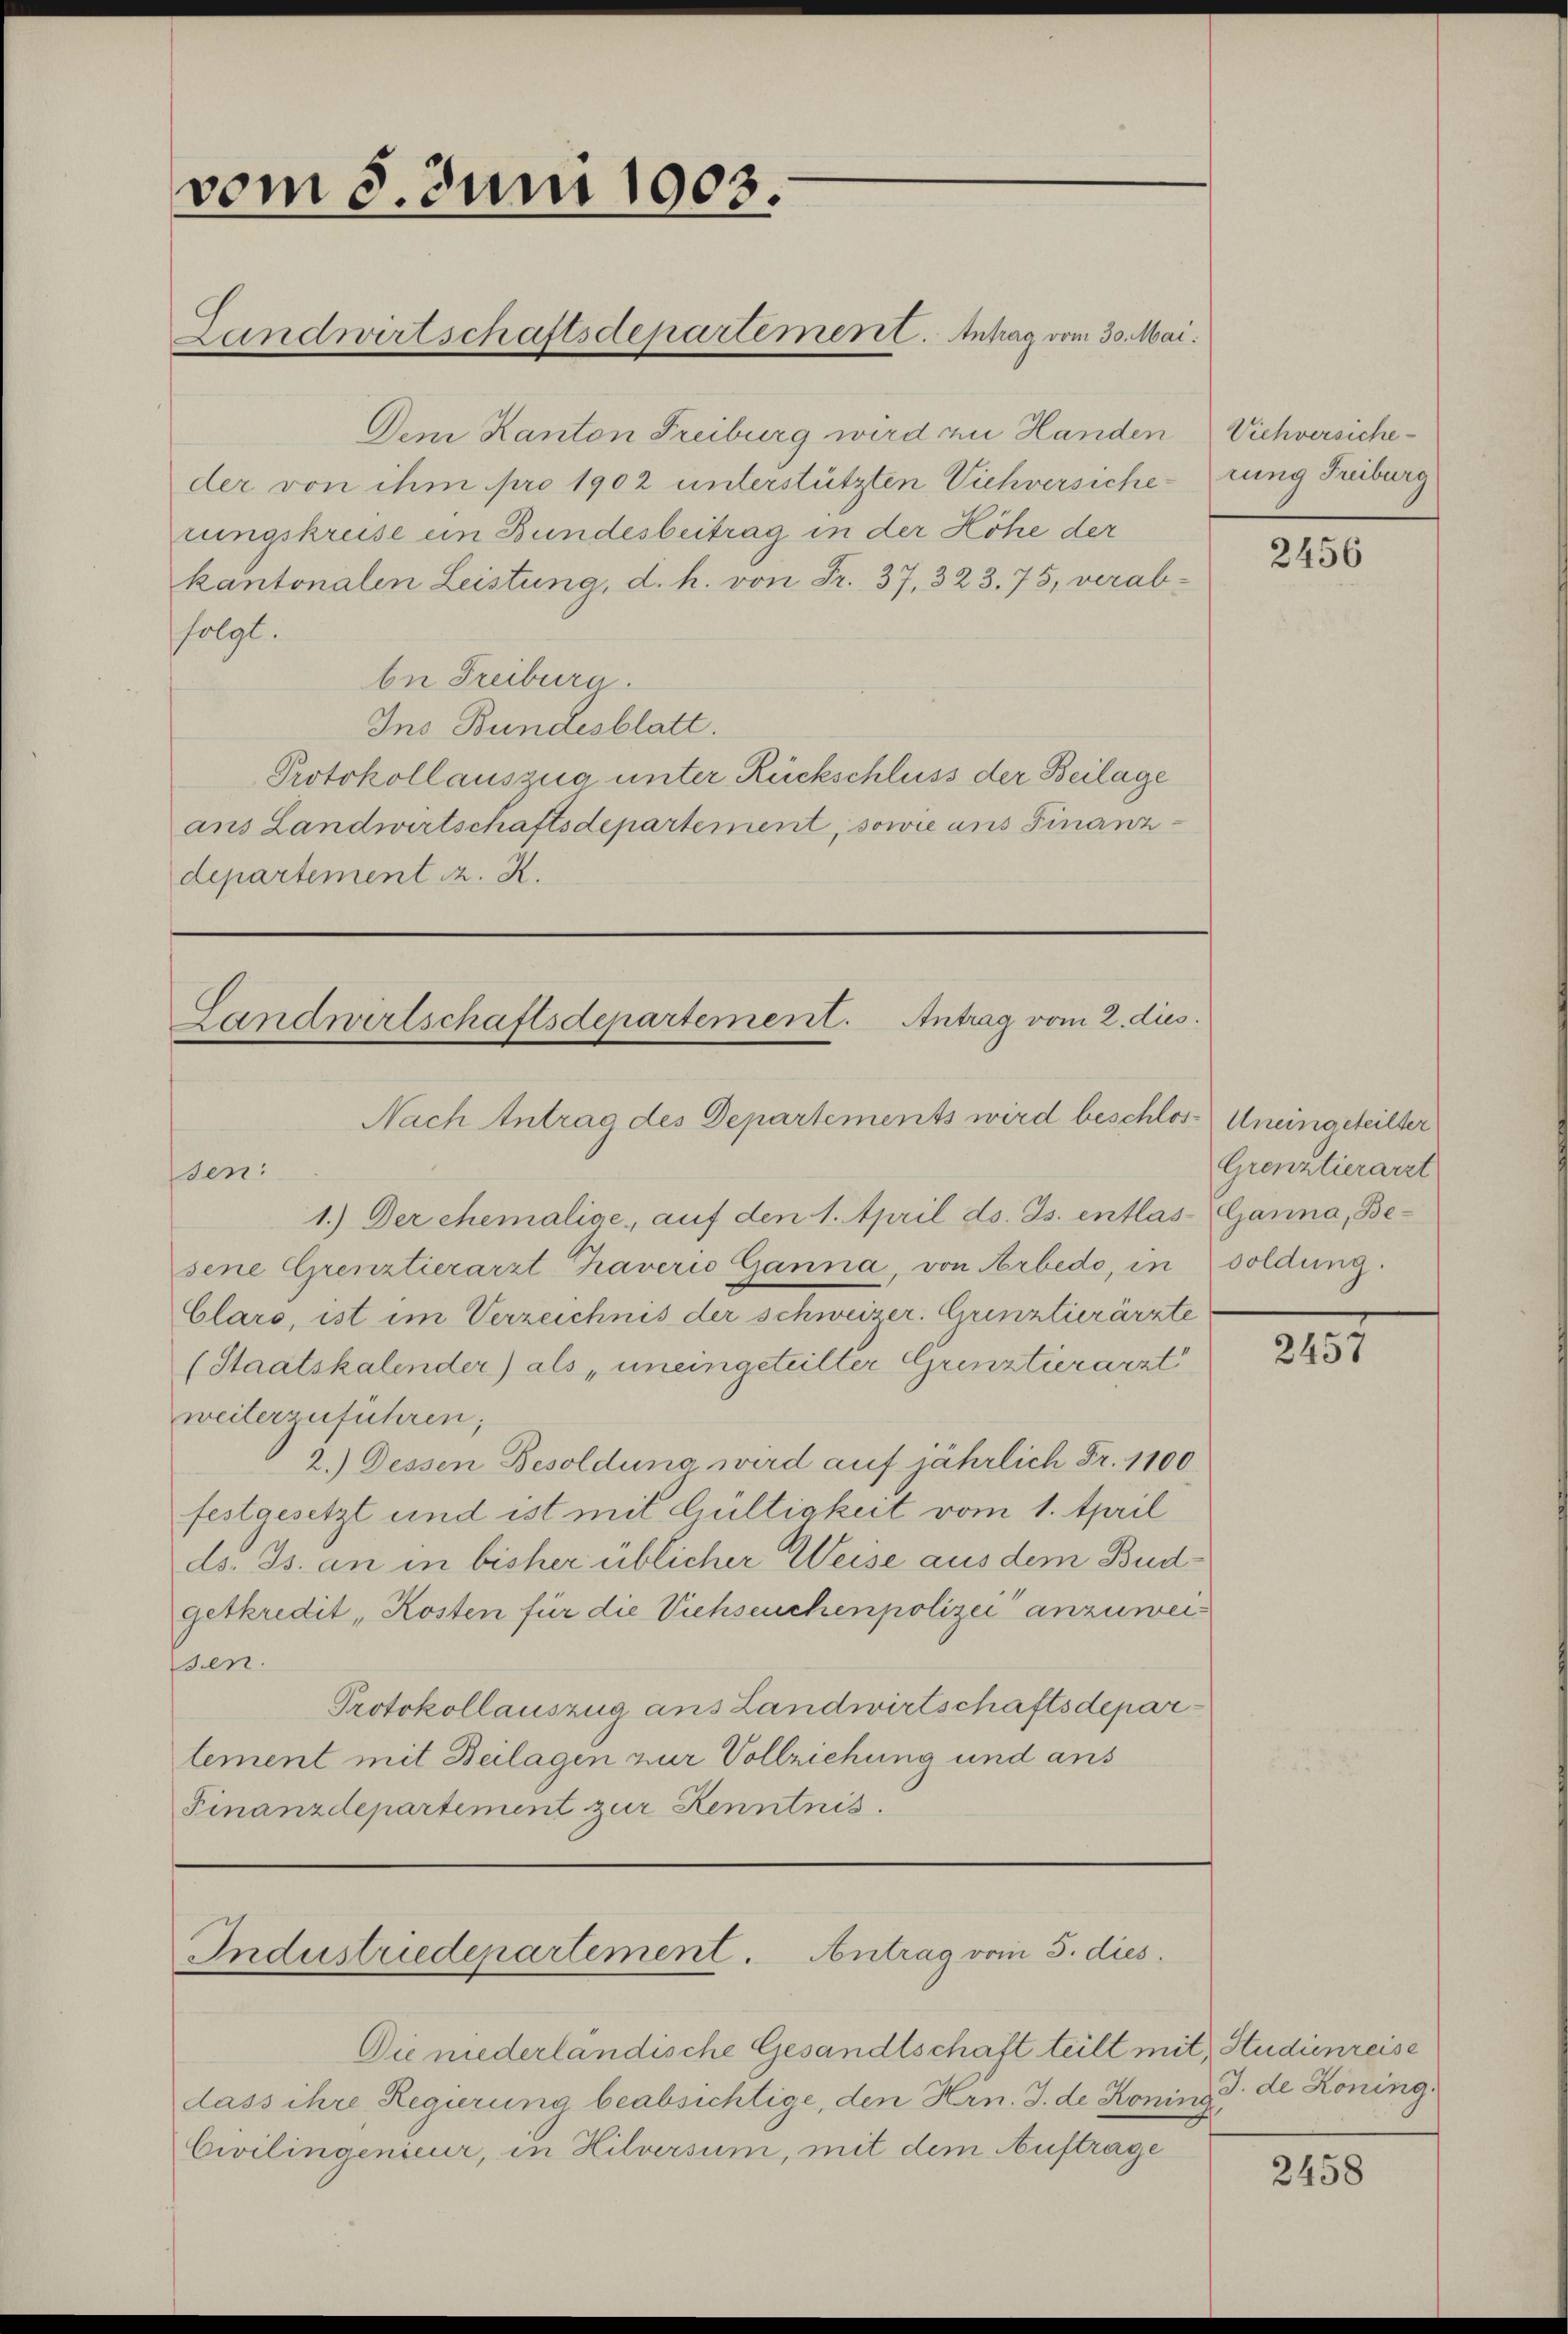
vom 8. Juni 1903.

Dem Kanton Freiburg wird zu Handen Viehversiche-
der von ihm pro 1902 unterstützten Viehversicherungskreise ein Bundesbeitrag in der Höhe der
kantonalen Leistung, d. h. von Fr. 37, 323. 75, verabfolgt.
be Freibura.
Ins Bundesblatt.
Protokollauszug unter Rückschluss der Beilage
ans Landwirtschaftsdepartement, sowie aus Finanzdepartement z. R.

Landwirtschaftsdepartement. Antrag vom 30. Mai.

Landwirtschaftsdepartement. Antrag vom 2. dies

Industriedepartement. Antrag vom 5. dies

Die niederländische Gesandtschaft teilt mit, Studienreise
dass ihre Regierung beabsichtige, den Hrn. J. de Koning
Civilingenieur, in Hilversum, mit dem Auftrage

rung Freiburg

Nach Antrag des Departements wird beschlos-Uneingeteilter
den:
1.) Der chemalige, auf den 1. April ds. Js. entlas- Ganna, Besene Grenztierarzt Traverio Ganna, von Arbedo, in soldung.
Clars, ist im Verzeichnis der schweizer. Grenztierärzte
(Staatskalender) als „uneingeteilter Grenztierarzt
weiterzuführen;
2.) Dessen Besoldung wird auf jährlich Fr. 1100
festgesetzt und ist mit Gültigkeit vom 1. April
ds. Js. an in bisher üblicher Weise aus dem Budgetkredit Kosten für die Viehseuchenpolizei anzuweiden.
Protokollauszug ans Landwirtschaftsdeparlement mit Beilagen zur Vollziehung und aus
Finanzdepartement zur Kenntnis.

2456

Grenztierarzt

2131

J. de Koning.

2458